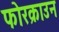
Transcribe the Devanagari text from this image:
फोरक्राउन